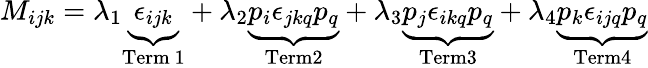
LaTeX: M_{ijk}=\lambda_{1}\underbrace{\epsilon_{ijk}}_{\mathrm{Term~1}}+\lambda_{2}\underbrace{p_{i}\epsilon_{jkq}p_{q}}_{\mathrm{Term2}}+\lambda_{3}\underbrace{p_{j}\epsilon_{ikq}p_{q}}_{\mathrm{Term3}}+\lambda_{4}\underbrace{p_{k}\epsilon_{ijq}p_{q}}_{\mathrm{Term4}}